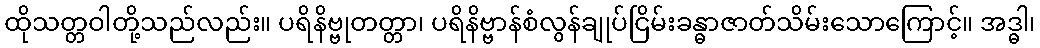
ထိုသတ္တဝါတို့သည်လည်း။ ပရိနိဗ္ဗုတတ္တာ၊ ပရိနိဗ္ဗာန်စံလွန်ချုပ်ငြိမ်းခန္ဓာဇာတ်သိမ်းသောကြောင့်။ အဒ္ဓါ၊